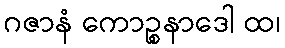
ဂဇာနံ ကောဉ္စနာဒေါ ထ၊